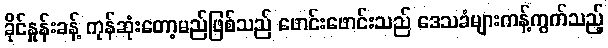
ခိုင်နှုန်းခန့် ကုန်ဆုံးတော့မည်ဖြစ်သည် ဖောင်းဖောင်းသည် ဒေသခံများကန့်ကွက်သည့်